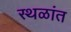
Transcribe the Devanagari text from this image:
स्थळांत